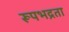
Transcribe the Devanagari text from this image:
रूपभद्रता